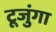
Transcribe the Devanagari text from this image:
टूजुंगा